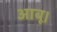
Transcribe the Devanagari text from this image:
आबू।